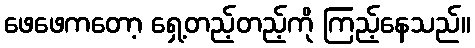
ဖေဖေကတော့ ရှေ့တည့်တည့်ကို ကြည့်နေသည်။